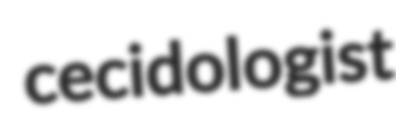
cecidologist